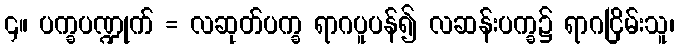
၄။ ပက္ခပဏ္ဍုက် = လဆုတ်ပက္ခ ရာဂပူပန်၍ လဆန်းပက္ခ၌ ရာဂငြိမ်းသူ၊